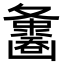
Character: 𪤵